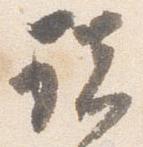
諸